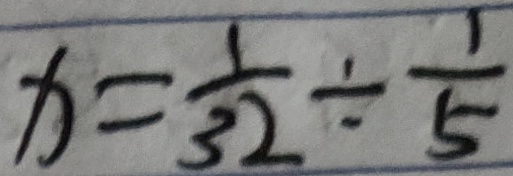
x = \frac { 1 } { 3 2 } \div \frac { 1 } { 5 }